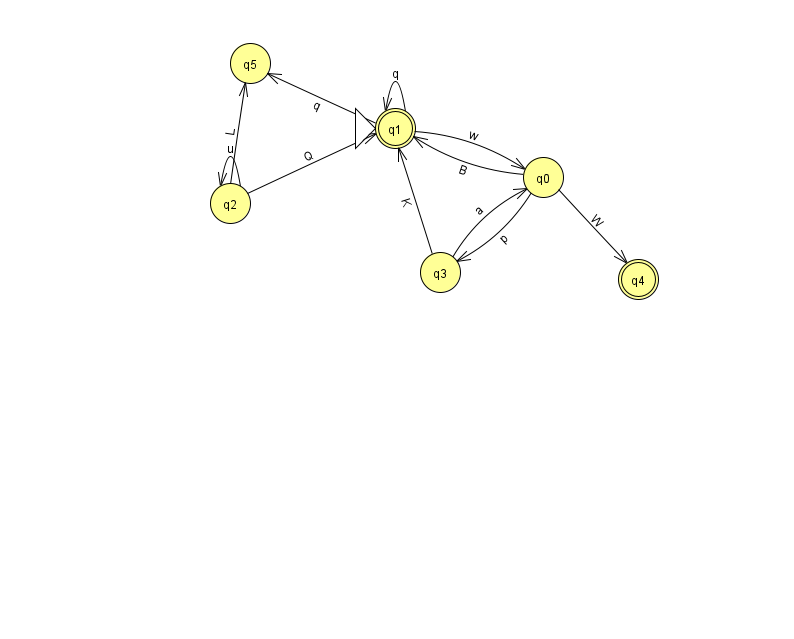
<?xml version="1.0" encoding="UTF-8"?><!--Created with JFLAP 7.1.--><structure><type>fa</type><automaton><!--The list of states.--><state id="0" name="q0"><x>543.0</x><y>164.0</y></state><state id="1" name="q1"><x>395.0</x><y>115.0</y><initial/><final/></state><state id="2" name="q2"><x>230.0</x><y>190.0</y></state><state id="3" name="q3"><x>440.0</x><y>259.0</y></state><state id="4" name="q4"><x>638.0</x><y>266.0</y><final/></state><state id="5" name="q5"><x>250.0</x><y>50.0</y></state><!--The list of transitions.--><transition><from>1</from><to>1</to><read>q</read></transition><transition><from>2</from><to>5</to><read>L</read></transition><transition><from>0</from><to>1</to><read>B</read></transition><transition><from>0</from><to>4</to><read>W</read></transition><transition><from>2</from><to>2</to><read>u</read></transition><transition><from>0</from><to>3</to><read>p</read></transition><transition><from>2</from><to>1</to><read>Q</read></transition><transition><from>1</from><to>0</to><read>w</read></transition><transition><from>3</from><to>0</to><read>a</read></transition><transition><from>1</from><to>5</to><read>q</read></transition><transition><from>3</from><to>1</to><read>K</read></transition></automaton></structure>